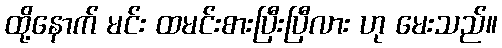
ထို့နောက် မင်း ထမင်းစားပြီးပြီလား ဟု မေးသည်။